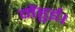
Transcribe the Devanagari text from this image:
मेंहुई।